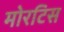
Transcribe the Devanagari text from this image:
मोरटिस